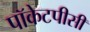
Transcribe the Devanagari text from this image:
पॉकेटपीसी